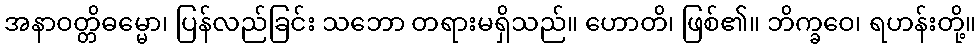
အနာဝတ္တိဓမ္မော၊ ပြန်လည်ခြင်း သဘော တရားမရှိသည်။ ဟောတိ၊ ဖြစ်၏။ ဘိက္ခဝေ၊ ရဟန်းတို့။